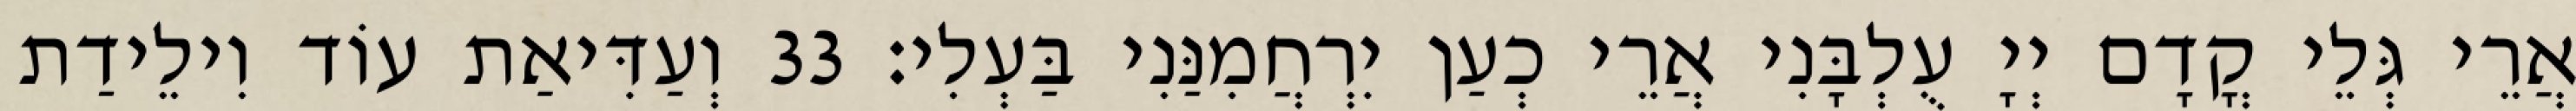
אֲרֵי גְּלֵי קֳדָם יְיָ עֻלְבָּנִי אֲרֵי כְעַן יִרְחֲמִנַּנִי בַּעְלִי׃ 33 וְעַדִּיאַת עוֹד וִילֵידַת